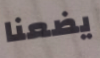
يضعنا